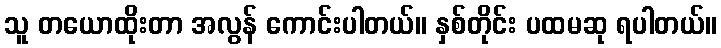
သူ တယောထိုးတာ အလွန် ကောင်းပါတယ်။ နှစ်တိုင်း ပထမဆု ရပါတယ်။